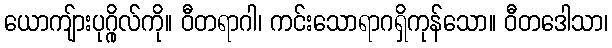
ယောကျ်ားပုဂ္ဂိုလ်ကို။ ဝီတရာဂါ၊ ကင်းသောရာဂရှိကုန်သော။ ဝီတဒေါသာ၊